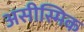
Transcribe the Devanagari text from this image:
असीस्मिक